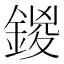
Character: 鍐